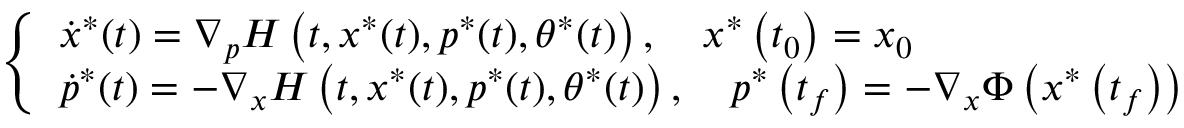
\left\{ \begin{array} { l } { \dot { x } ^ { * } ( t ) = \nabla _ { p } H \left( t , x ^ { * } ( t ) , p ^ { * } ( t ) , \theta ^ { * } ( t ) \right) , \quad x ^ { * } \left( t _ { 0 } \right) = x _ { 0 } } \\ { \dot { p } ^ { * } ( t ) = - \nabla _ { x } H \left( t , x ^ { * } ( t ) , p ^ { * } ( t ) , \theta ^ { * } ( t ) \right) , \quad p ^ { * } \left( t _ { f } \right) = - \nabla _ { x } \Phi \left( x ^ { * } \left( t _ { f } \right) \right) } \end{array} \right.